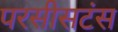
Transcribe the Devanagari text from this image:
परसीसटंस